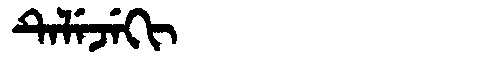
Manchu: ᡨᡝᠯᡝᠵᡝᡴᡳ
Romanization: TELEJEKI